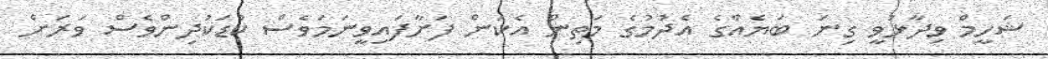
ޝަހީމް ވިދާޅުވީ ގިނަ ބަޔެއްގެ އެދުމުގެ މަތިން އެކަން ފަށާފައިވީނަމަވެސް ކުޑަކުދިންވެސް ވަރަށް